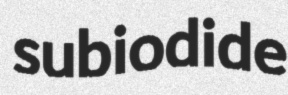
subiodide